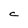
Character: c